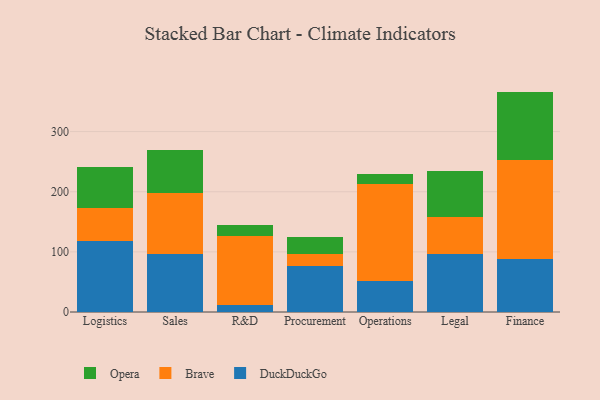
{"axis": {"x": "Department", "y": "Market Share (%)"}, "legend": ["Brave", "DuckDuckGo", "Opera"], "data": [{"x": "Logistics", "y": 117.8, "type": "DuckDuckGo"}, {"x": "Logistics", "y": 55.2, "type": "Brave"}, {"x": "Logistics", "y": 68.9, "type": "Opera"}, {"x": "Sales", "y": 97.1, "type": "DuckDuckGo"}, {"x": "Sales", "y": 100.5, "type": "Brave"}, {"x": "Sales", "y": 72.2, "type": "Opera"}, {"x": "R&D", "y": 11.6, "type": "DuckDuckGo"}, {"x": "R&D", "y": 115.3, "type": "Brave"}, {"x": "R&D", "y": 17.2, "type": "Opera"}, {"x": "Procurement", "y": 76.3, "type": "DuckDuckGo"}, {"x": "Procurement", "y": 20.7, "type": "Brave"}, {"x": "Procurement", "y": 27.5, "type": "Opera"}, {"x": "Operations", "y": 51.6, "type": "DuckDuckGo"}, {"x": "Operations", "y": 161.8, "type": "Brave"}, {"x": "Operations", "y": 15.8, "type": "Opera"}, {"x": "Legal", "y": 96.5, "type": "DuckDuckGo"}, {"x": "Legal", "y": 61.6, "type": "Brave"}, {"x": "Legal", "y": 76.6, "type": "Opera"}, {"x": "Finance", "y": 88.5, "type": "DuckDuckGo"}, {"x": "Finance", "y": 164.7, "type": "Brave"}, {"x": "Finance", "y": 113.3, "type": "Opera"}]}